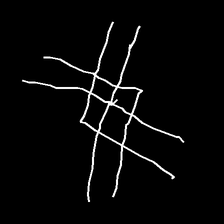
Glyph: crystal